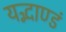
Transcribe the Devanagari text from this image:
यद्भाण्डं